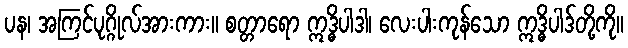
ပန၊ အကြင်ပုဂ္ဂိုလ်အားကား။ စတ္တာရော ဣဒ္ဓိပါဒါ၊ လေးပါးကုန်သော ဣဒ္ဓိပါဒ်တို့ကို။